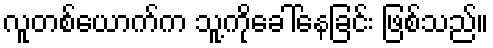
လူတစ်ယောက်က သူ့ကိုခေါ်နေခြင်း ဖြစ်သည်။